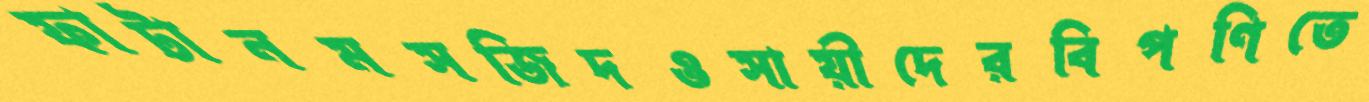
ফাটানমসজিদওসায়ীদেরবিপণিতে